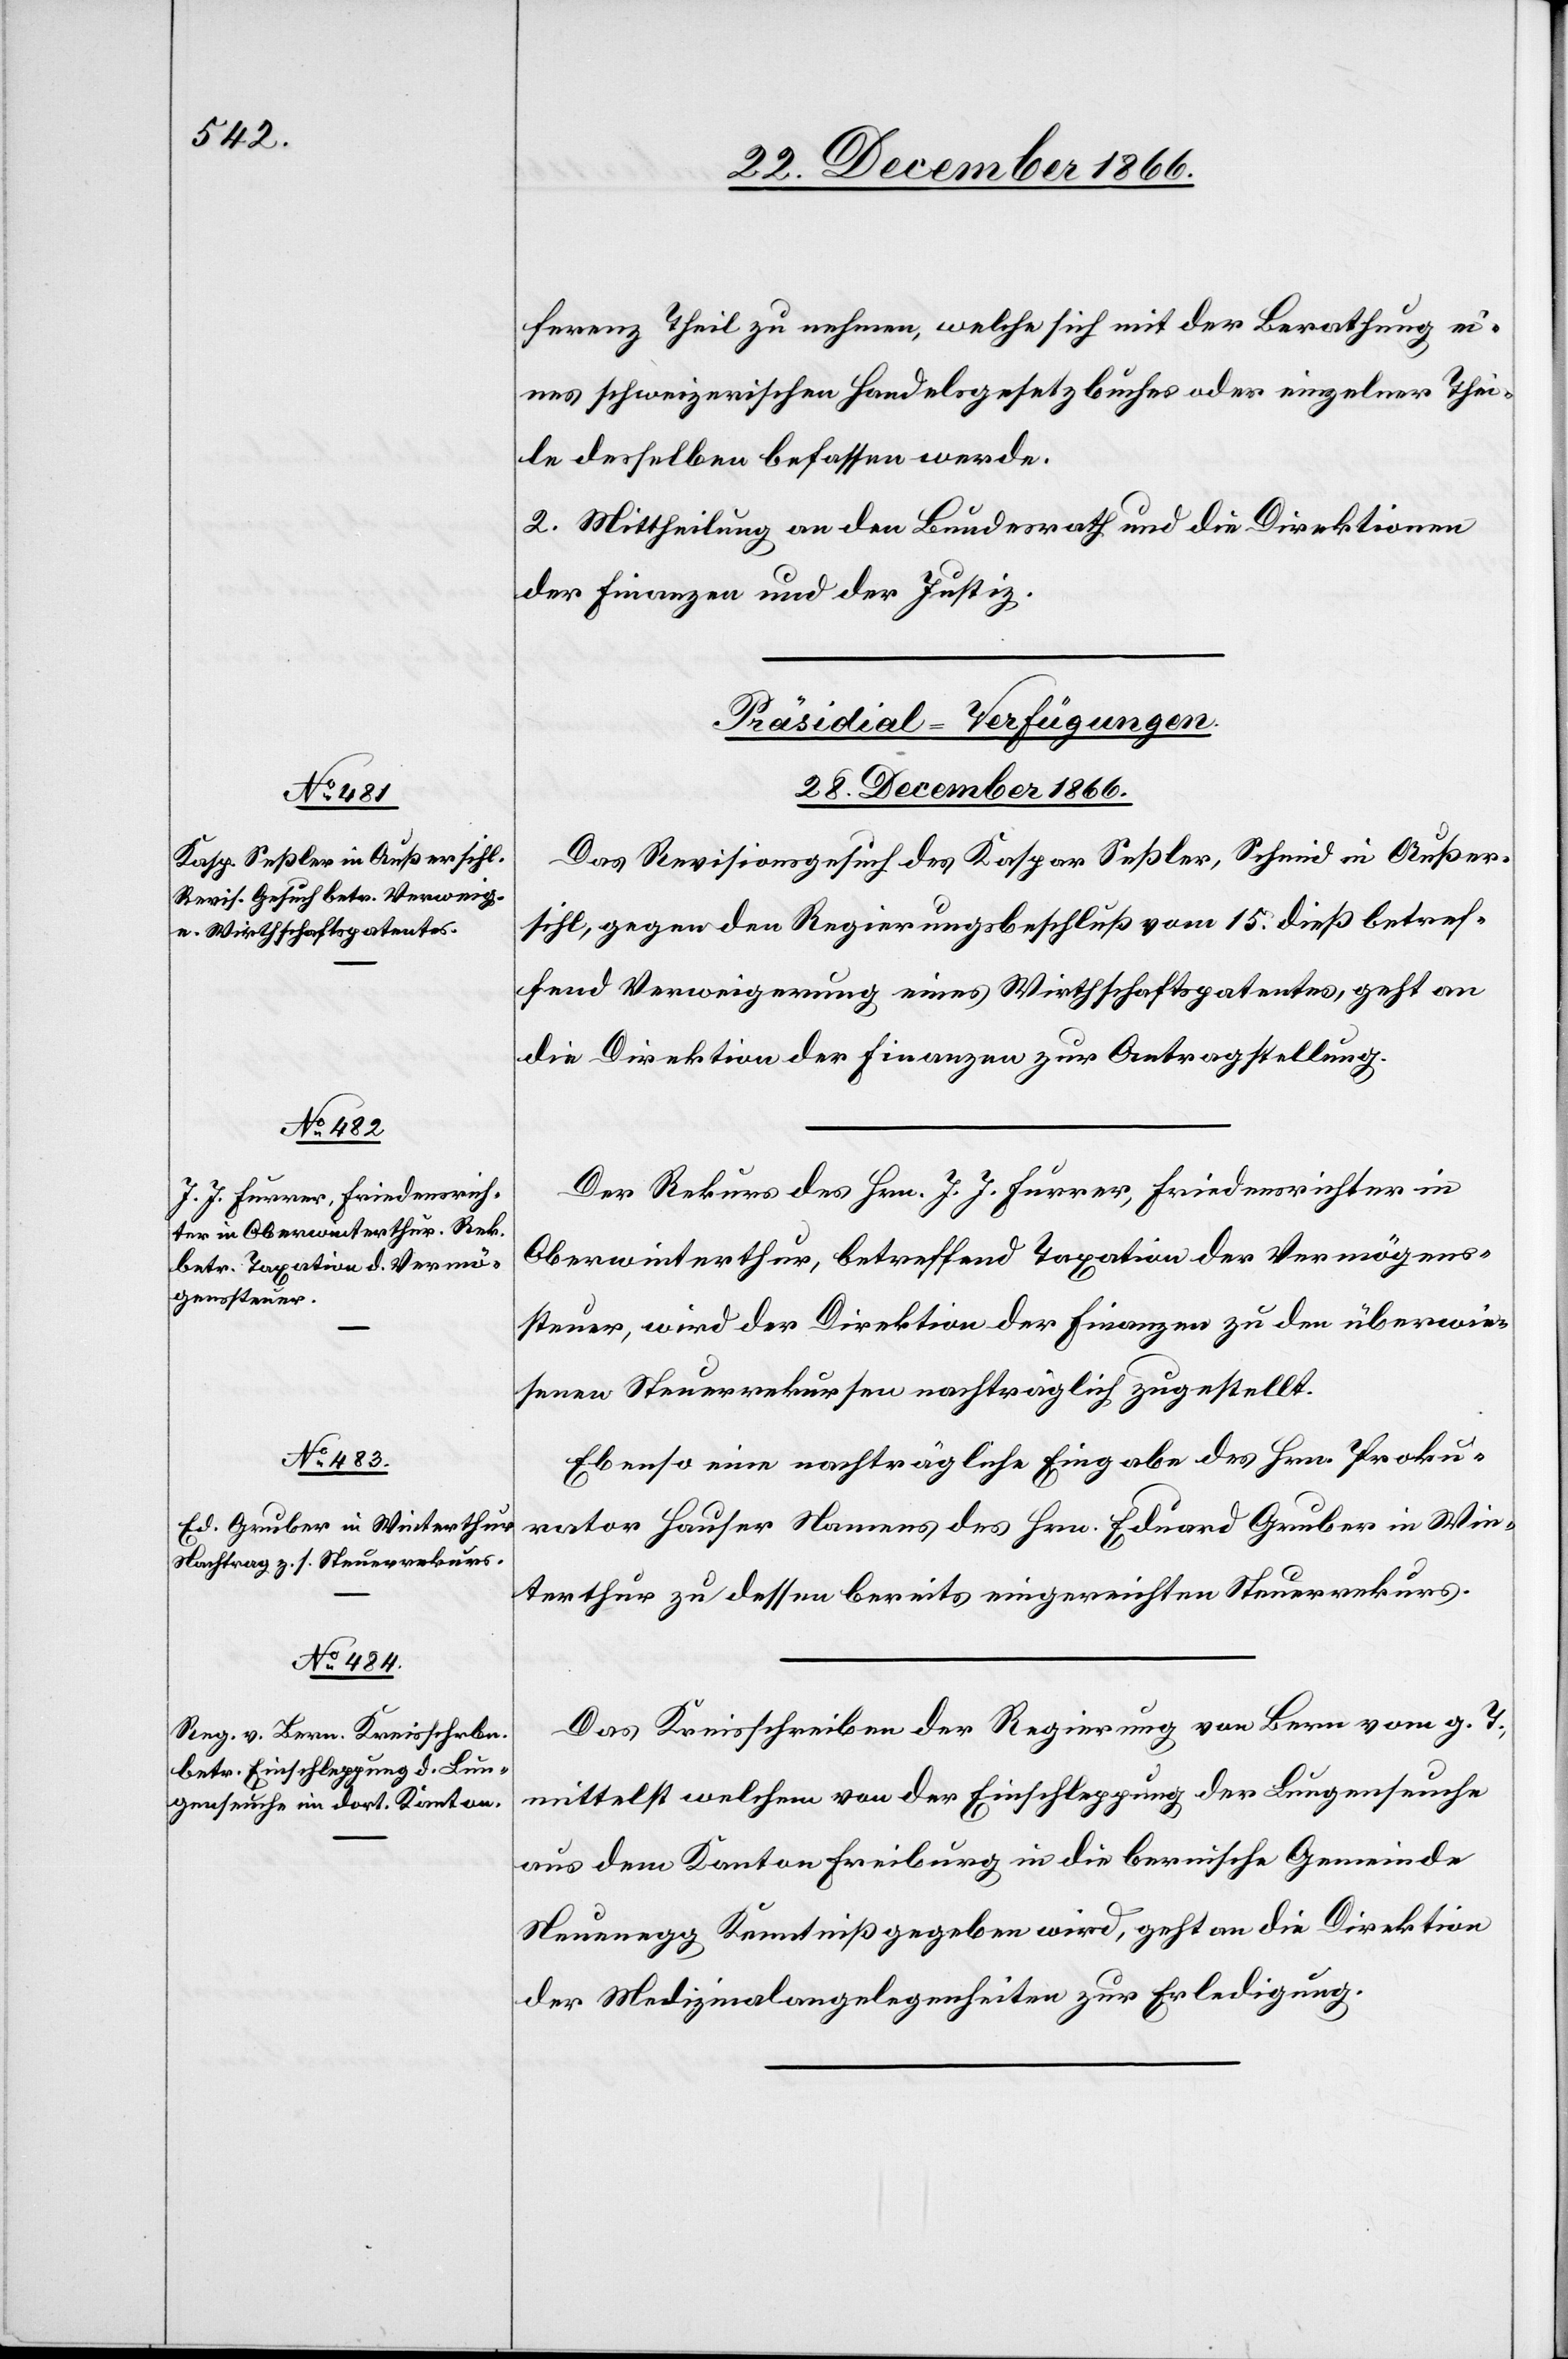
28. December 1866.]
ferenz Theil zu nehmen, welche sich mit der Berathung ei¬
nes schweizerischen Handelsgesetzbuches oder einzelner Thei¬
le desselben befassen werde.
2. Mittheilung an den Bundesrath und die Direktionen
der Finanzen und der Justiz.
[Präsidial-Verfügungen.
Das Revisionsgesuch des Kaspar Seßler, Schmid in Außer¬
sihl, gegen den Regierungsbeschluß vom 15. dieß betref¬
fend Verweigerung eines Wirthschaftspatentes, geht an
die Direktion der Finanzen zur Antragstellung.
Der Rekurs des Hrn. J. J. Furrer, Friedensrichter in
Oberwinterthur, betreffend Taxation der Vermögens¬
steuer, wird der Direktion der Finanzen zu den überwie¬
senen Steuerrekursen nachträglich zugestellt.
Ebenso eine nachträgliche Eingabe des Hrn. Proku¬
rator Hauser Namens des Hrn. Eduard Gruber in Win¬
terthur zu dessen bereits eingereichten Steuerrekurs.
Das Kreisschreiben der Regierung von Bern vom g. T.,
mittelst welchem von der Einschleppung der Lungenseuche
aus dem Kanton Freiburg in die bernische Gemeinde
Neuenegg Kenntniß gegeben wird, geht an die Direktion
der Medizinalangelegenheiten zur Erledigung.